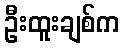
ဦးထူးချစ်က